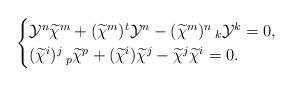
LaTeX: \begin{align*}\begin{cases} \mathcal{Y}^{n}\widetilde{\chi}^{m}+(\widetilde{\chi}^{m})^{t}\mathcal{Y}^{n}-(\widetilde{\chi}^{m})^{n}\,_{k}\mathcal{Y}^{k}=0,\cr (\widetilde{\chi}^{i})^{j}\,_{p}\widetilde{\chi}^{p}+(\widetilde{\chi}^{i})\widetilde{\chi}^{j}-\widetilde{\chi}^{j}\widetilde{\chi}^{i}=0.\end{cases}\end{align*}